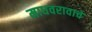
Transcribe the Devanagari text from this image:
माधवरावाचे